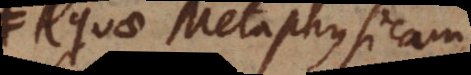
quae Metaphysicam